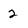
Character: 2